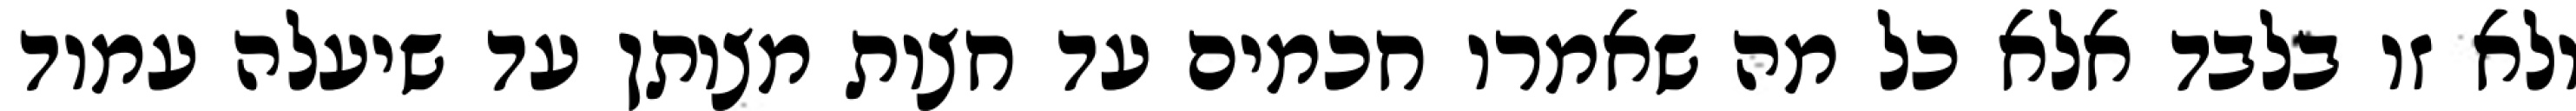
ולא זו בלבד אלא כל מה שאמרו חכמים עד חצות מצותן עד שיעלה עמוד